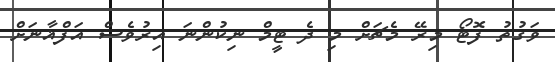
ވަގުތު ފޮޓޯ މިރޭ މެޗަށް މި ދެ ޓީމް ނިކުންނަ އިރުވެސް އަފްޣާނަށް